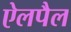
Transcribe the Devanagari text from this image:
ऐलपैल